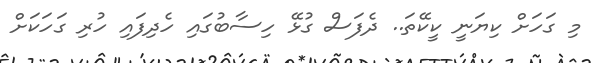
މި ގަހަށް ކިޔަނީ ކީކޭތަ.. ދެފަސް ގުޅޭ ހިސާބުގައި ހެދިފައި ހުރި ގަހަކަށް